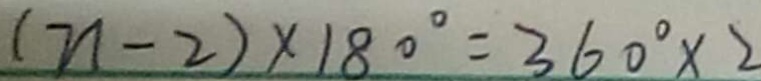
( n - 2 ) \times 1 8 0 ^ { \circ } = 3 6 0 ^ { \circ } \times 2